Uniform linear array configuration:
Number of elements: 64
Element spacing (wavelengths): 0.75
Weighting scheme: uniform
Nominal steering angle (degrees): -15
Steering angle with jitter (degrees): -16.577
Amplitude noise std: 0.05
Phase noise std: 0.05

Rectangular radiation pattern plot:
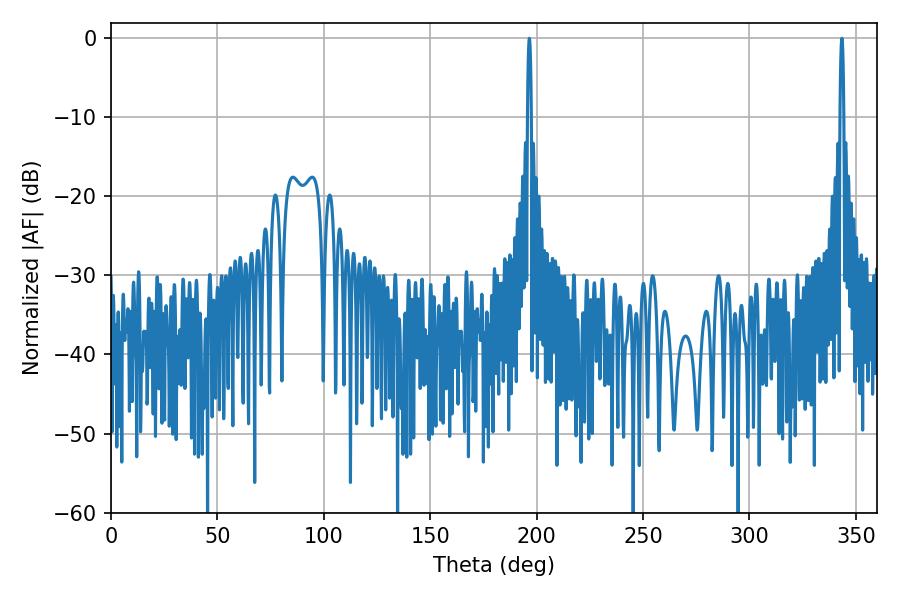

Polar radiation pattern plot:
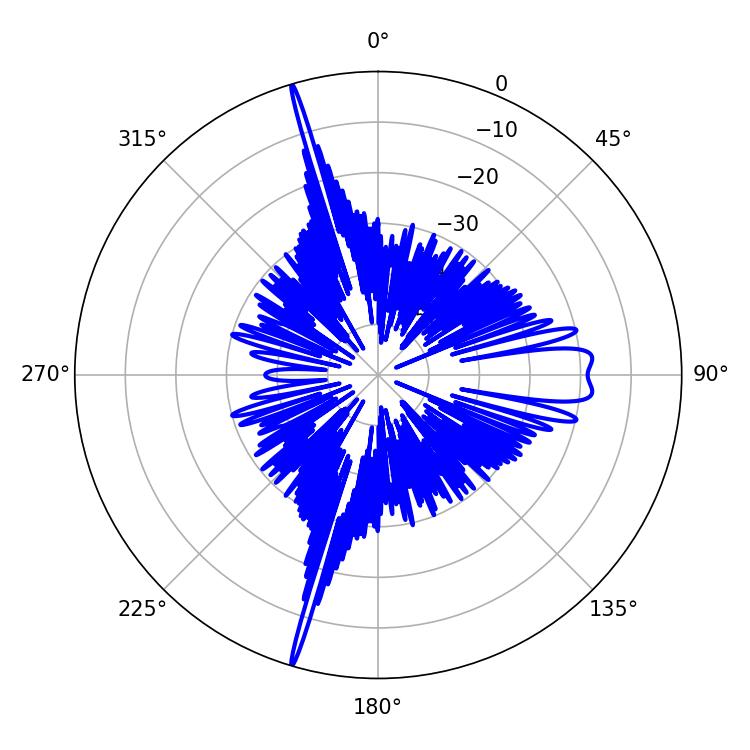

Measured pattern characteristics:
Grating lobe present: TRUE
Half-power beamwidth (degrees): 0.9
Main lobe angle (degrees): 196.56